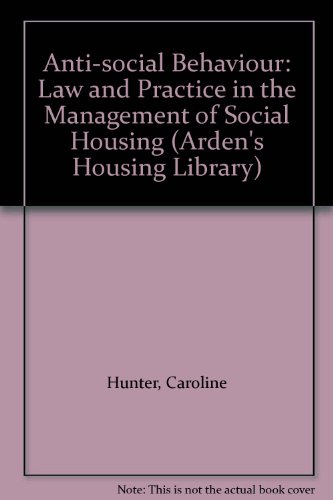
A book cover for Anti-social Behaviour: Law and Practice in the Management of Social Housing (Arden's Housing Library); Professor Caroline Hunter; Law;